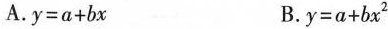
A. $$y = a + b x$$ B. $$y = a + b x ^ { 2 }$$